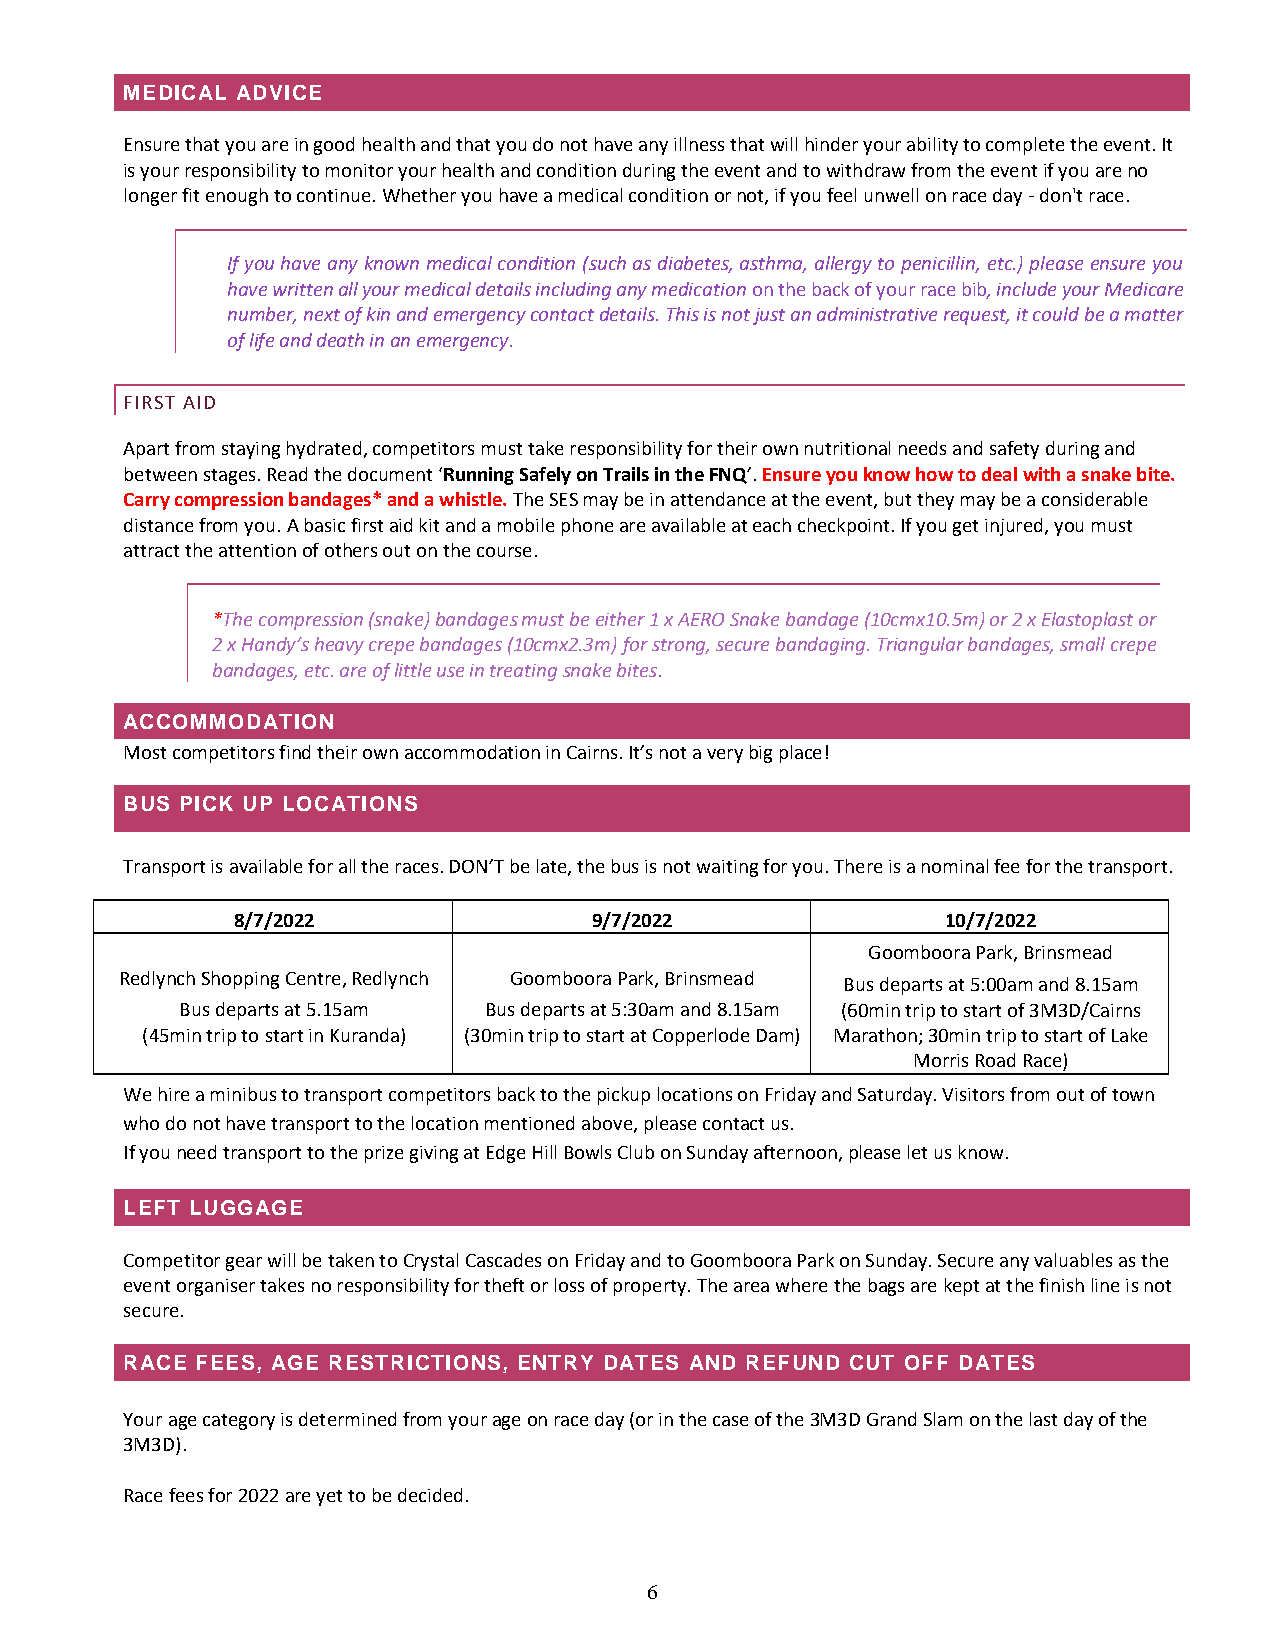
MEDICAL ADVICE
 Ensure that you are in good health and that you do not have any illness that will hinder your ability to complete the event. It
 is your responsibility to monitor your health and condition during the event and to withdraw from the event if you are no
 longer fit enough to continue. Whether you have a medical condition or not, if you feel unwell on race day - don't race.
 If you have any known medical condition (such as diabetes, asthma, allergy to penicillin, etc.) please ensure you
 have written all your medical details including any medication on the back of your race bib, include your Medicare
 number, next of kin and emergency contact details. This is not just an administrative request, it could be a matter
 of life and death in an emergency.
 FIRST AID
 Apart from staying hydrated, competitors must take responsibility for their own nutritional needs and safety during and
 between stages. Read the document ‘Running Safely on Trails in the FNQ’. Ensure you know how to deal with a snake bite.
 Carry compression bandages* and a whistle. The SES may be in attendance at the event, but they may be a considerable
 distance from you. A basic first aid kit and a mobile phone are available at each checkpoint. If you get injured, you must
 attract the attention of others out on the course.
 *The compression (snake) bandages must be either 1 x AERO Snake bandage (10cmx10.5m) or 2 x Elastoplast or
 2 x Handy’s heavy crepe bandages (10cmx2.3m) for strong, secure bandaging. Triangular bandages, small crepe
 bandages, etc. are of little use in treating snake bites.
 ACCOMMODATION
 Most competitors find their own accommodation in Cairns. It’s not a very big place!
 BUS PICK UP LOCATIONS
 Transport is available for all the races. DON’T be late, the bus is not waiting for you. There is a nominal fee for the transport.
 8/7/2022                9/7/2022                10/7/2022
 Goomboora Park, Brinsmead
 Redlynch Shopping Centre, Redlynch Goomboora Park, Brinsmead Bus departs at 5:00am and 8.15am
 Bus departs at 5.15am Bus departs at 5:30am and 8.15am (60min trip to start of 3M3D/Cairns
 (45min trip to start in Kuranda) (30min trip to start at Copperlode Dam) Marathon; 30min trip to start of Lake
 Morris Road Race)
 We hire a minibus to transport competitors back to the pickup locations on Friday and Saturday. Visitors from out of town
 who do not have transport to the location mentioned above, please contact us.
 If you need transport to the prize giving at Edge Hill Bowls Club on Sunday afternoon, please let us know.
 LEFT LUGGAGE
 Competitor gear will be taken to Crystal Cascades on Friday and to Goomboora Park on Sunday. Secure any valuables as the
 event organiser takes no responsibility for theft or loss of property. The area where the bags are kept at the finish line is not
 secure.
 RACE FEES, AGE RESTRICTIONS, ENTRY DATES AND REFUND CUT OFF DATES
 Your age category is determined from your age on race day (or in the case of the 3M3D Grand Slam on the last day of the
 3M3D).
 Race fees for 2022 are yet to be decided.
 6